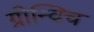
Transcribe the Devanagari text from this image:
ग्रीन्विच